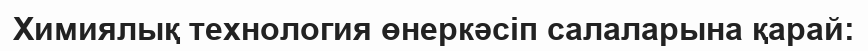
Химиялық технология өнеркәсіп салаларына қарай: